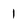
Character: 1